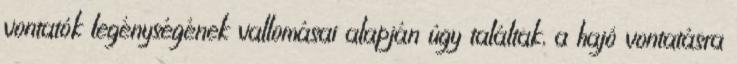
vontatók legénységének vallomásai alapján úgy találtak, a hajó vontatásra